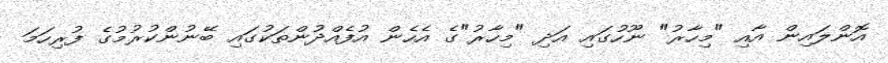
އޮންލައިން އާއި "މިހާރު" ނޫހުގައި އަދި "މިހާރު"ގެ އެހެން އުފެއްދުންތަކުގައި ބޭނުންކުރުމުގެ ފުރިހަމަ